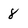
Character: 8